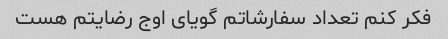
فکر کنم تعداد سفارشاتم گویای اوج رضایتم هست